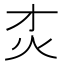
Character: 𰝸